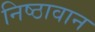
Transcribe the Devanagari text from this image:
निष्‍ठावान